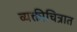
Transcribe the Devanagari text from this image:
व्यक्तीचित्रात